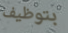
بتوظيف